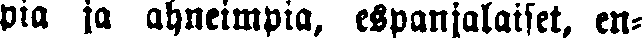
pia ja ahneimpia, espanjalaiset, en-